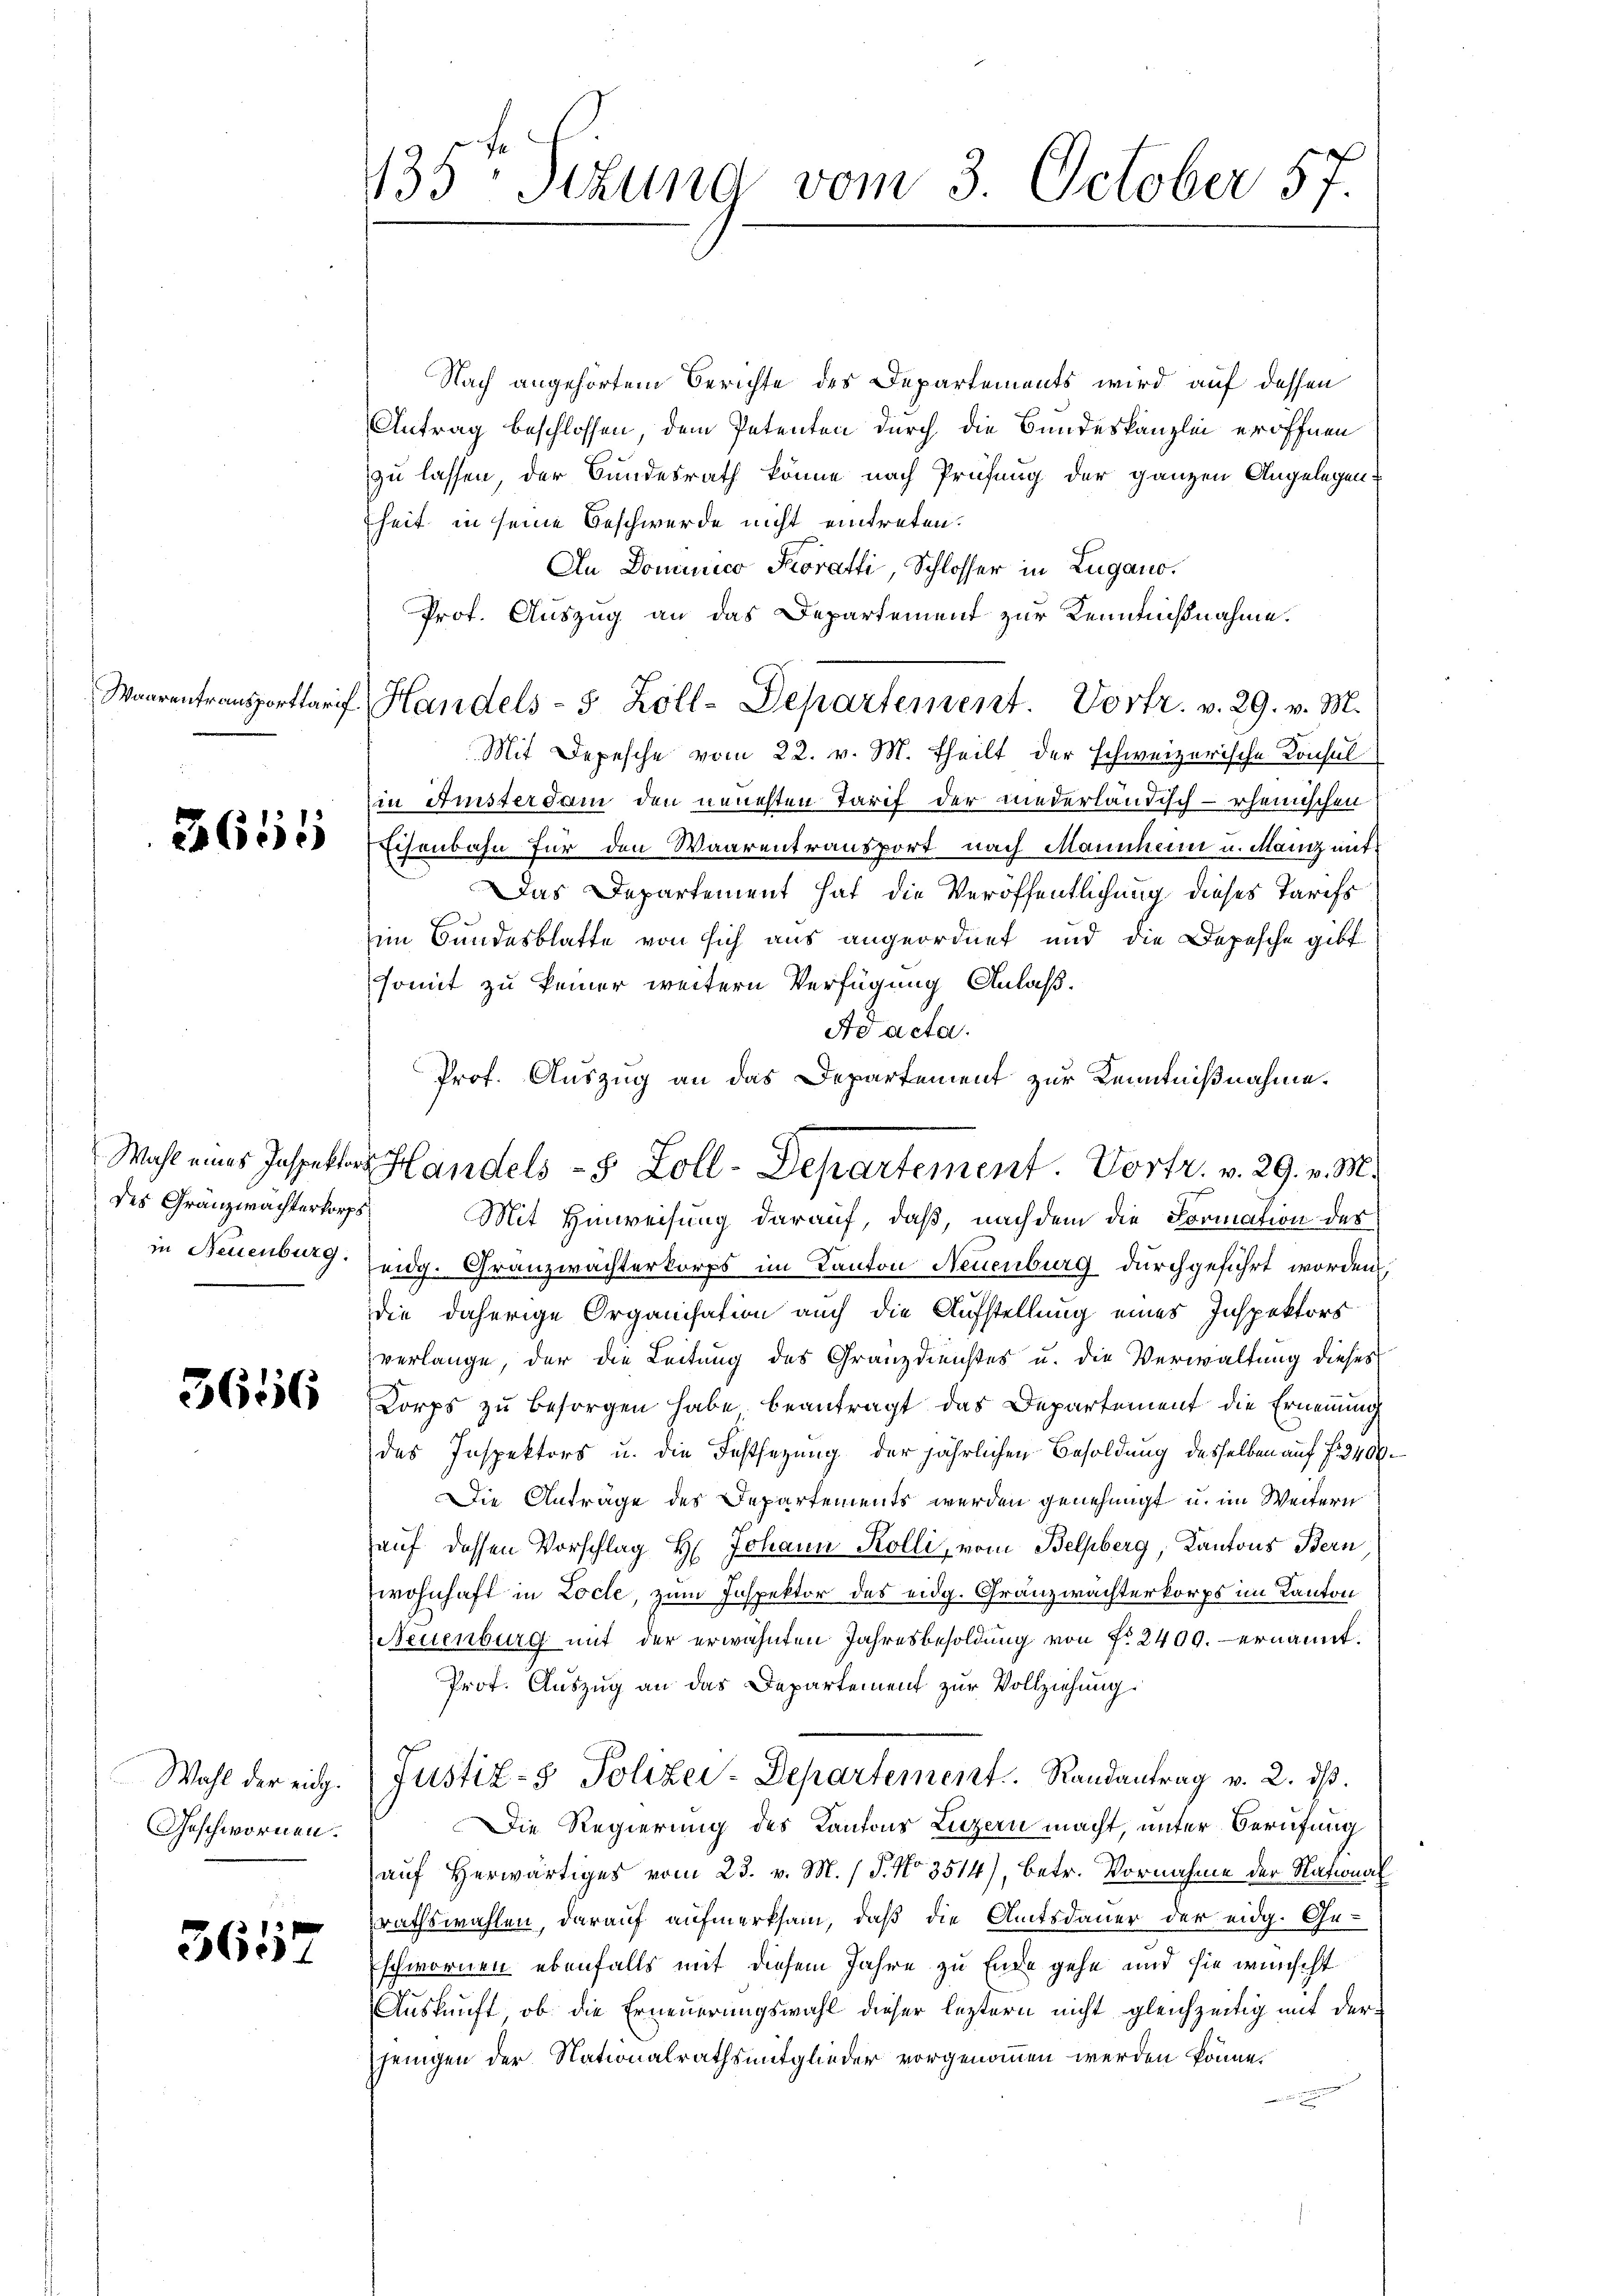
Waarentransportaris

3655

des Granzwachterkorps

3656

Geschwornen.

3617

135. Sekung vom 3. October 57.

Nach angehörtem Berichte des Departements wird auf dessen
Antrag beschlossen, dem Petenten durch die Bundeskanzlei eröffnen
zu lassen, der Bundesrath könne nach Prüfung der ganzen Angelegen-
heit in seine Beschwerde nicht eintreten.
An Dominico Proratti, Schlosser in Zugano.
Prof. Auszug an das Departement zur Kenntnißnahme.
Mit Depesche vom 22. v. M. theilt der schweizerische Konsul
in Aristerdam den neuchten Tarif der niederländisch-rheinischen
Eisenbahn für den Waarentransport nach Mannheim u. Mainz mit¬
Das Departement hat die Veröffentlichung dieses Tarifs
im Bundesblatte von sich aus angeordnet und die Depesche gibt
somit zu keiner weitern Verfügung Anlaß.
Ad acta.
Prof. Auszug an das Departement zur Kenntnißnahme.
Mit Hinweisung darauf, daß, nachdem die Formation des
in Neuenburg eidg. Granzwächterkorps im Kanton Neuenburg durchgeführt worden.
die daherige Organisation auch die Aufstellung eines Inspektors
verlange, der die Leitung des Granzdienstes u. die Verwaltung dieses
Corps zu besorgen habe beantragt das Departement die Ernennung
des Inspektors u. die Festsezung der jährlichen Besoldung desselben auf fr. 3400.
Die Antrage des Departements werden genehmigt u. im Weitern
auf dessen Vorschlag H. Johann Kolli, vom Belpberg, Kantons Bern
wohnhaft in Locle, zum Inspektor des eidg. Granzwachterkorps im Kanton
Neuenburg mit der erwähnten Jahresbesoldung von Nr. 2400. ernannt.
Prot. Auszug an das Departement zur Vollziehung.
Wahl der eidg. Justiz- & Polizei-Departement. Randantrag v. 2. dβ
Die Regierung des Kantons Luzern macht, unter Berufung
auf Herwärtiges vom 23. v. M. / P. No 3514), betr. Vornahme der National
rathswahlen, darauf aufmerksam, daß die Amtsdauer der eidg. Ge-
schwornen ebenfalls mit diesem Jahre zu Ende gehe und sie wünscht
Auskunft, ob die Erneuerungswahl dieser leztern nicht gleichzeitig mit der
jenigen der Nationalrathsmitglieder vorgenommen werden könne.

f. Handels- 5 Zoll-Departement. Vortr. v. 29. v. M.

Wahl eines Inspektor Handels- 8 Zoll-Departement. Vortr. v. 29. v. M.